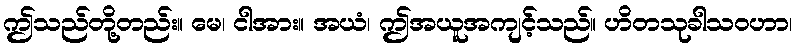
ဤသည်တို့တည်း။ မေ၊ ငါအား။ အယံ၊ ဤအယူအကျင့်သည်။ ဟိတသုခါသဝဟာ၊